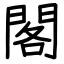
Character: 閣